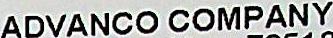
ADVANCO COMPANY